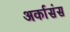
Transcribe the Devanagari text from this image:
अर्कासंस